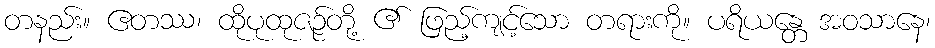
တနည်း။ ဧတဿ၊ ထိုပုထုဇဉ်တို့ ၏ ဖြည့်ကျင့်သော တရားကို။ ပရိယန္တေ အဝသာနေ၊